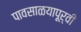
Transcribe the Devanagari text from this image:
पावसाळयापूर्वी